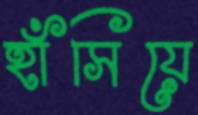
হাঁসিয়ে